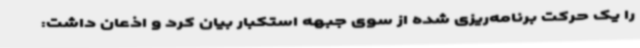
را یک حرکت برنامه‌ریزی شده از سوی جبهه استکبار بیان کرد و اذعان داشت: